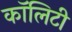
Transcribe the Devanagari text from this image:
कॉलिटी